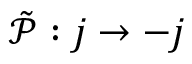
\Tilde { \mathcal P } : j \rightarrow - j